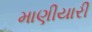
માણીયારી